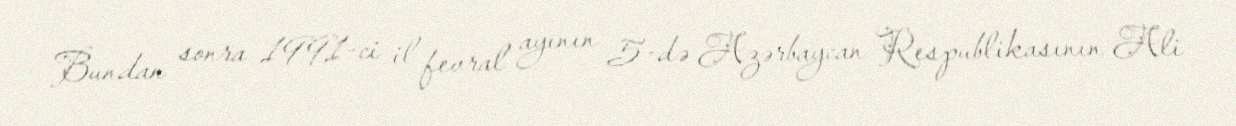
Bundan sonra 1991-ci il fevral ayının 5-də Azərbaycan Respublikasının Ali